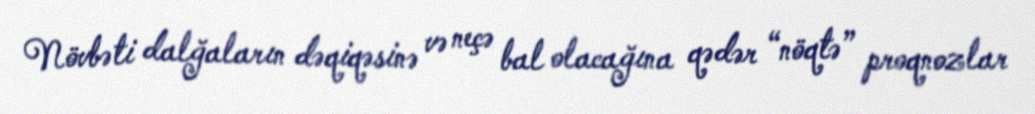
Növbəti dalğaların dəqiqəsinə və neçə bal olacağına qədər “nöqtə” proqnozlar